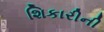
શિકારીની